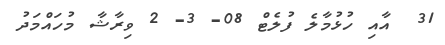
31  އާއި ހުޅުމާލެ ފުލެޓް 08- 3- 2 ވިރާޝާ މުހައްމަދު